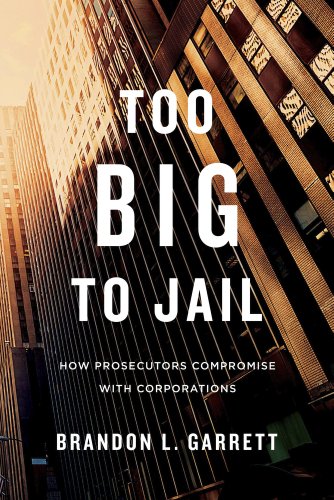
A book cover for Too Big to Jail: How Prosecutors Compromise with Corporations; Brandon L. Garrett; Law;